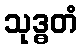
သုဒ္ဓတံ